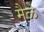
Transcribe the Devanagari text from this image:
मैळे